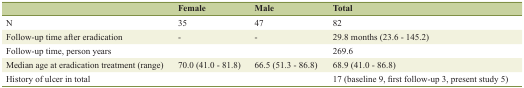
<table><thead><tr><td></td><td><b>Female</b></td><td><b>Male</b></td><td><b>Total</b></td></tr></thead><tbody><tr><td>N</td><td>35</td><td>47</td><td>82</td></tr><tr><td>Follow-up time after eradication</td><td>-</td><td>-</td><td>29.8 months (23.6 - 145.2)</td></tr><tr><td>Follow-up time, person years</td><td></td><td></td><td>269.6</td></tr><tr><td>Median age at eradication treatment (range)</td><td>70.0 (41.0 - 81.8)</td><td>66.5 (51.3 - 86.8)</td><td>68.9 (41.0 - 86.8)</td></tr><tr><td>History of ulcer in total</td><td></td><td></td><td>17 (baseline 9, first follow-up 3, present study 5)</td></tr></tbody></table>